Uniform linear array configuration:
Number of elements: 32
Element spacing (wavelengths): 0.25
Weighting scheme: kaiser
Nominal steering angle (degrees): -60
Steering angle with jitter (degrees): -58.417
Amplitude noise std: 0.05
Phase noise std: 0.05

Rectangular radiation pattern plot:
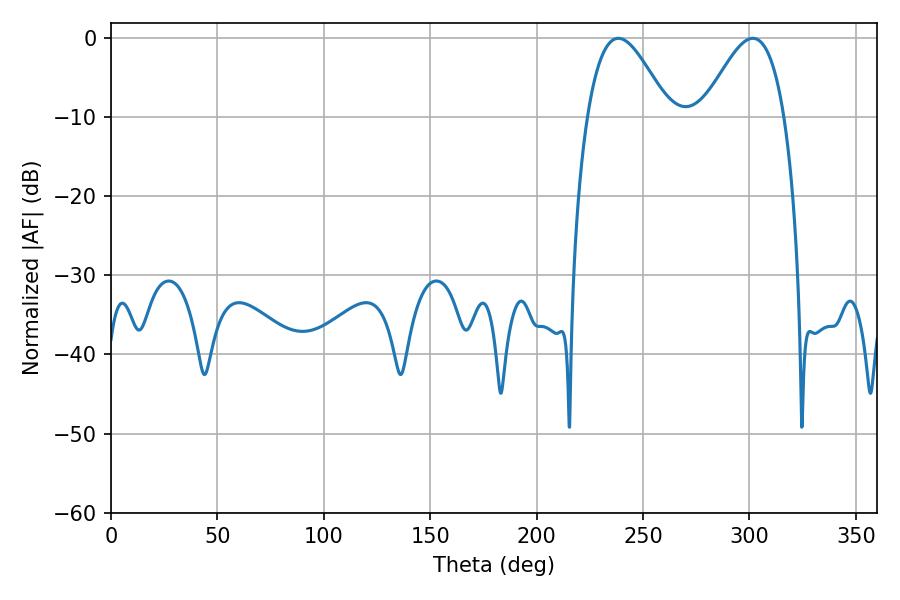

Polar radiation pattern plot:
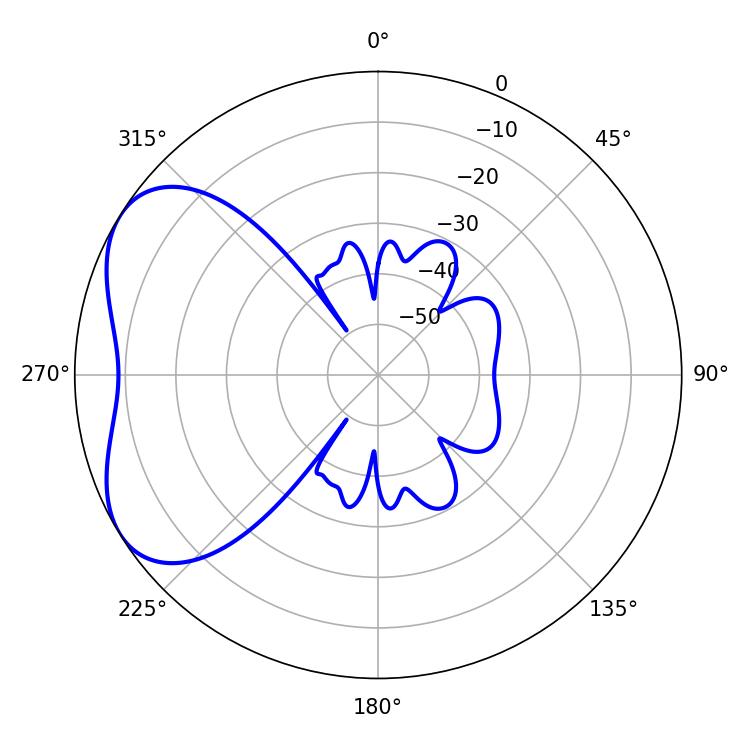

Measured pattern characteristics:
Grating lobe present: FALSE
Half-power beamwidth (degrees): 20.52
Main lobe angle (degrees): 238.32